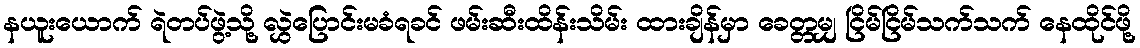
နယူးယောက် ရဲတပ်ဖွဲ့သို့ လွှဲပြောင်းမခံရခင် ဖမ်းဆီးထိန်းသိမ်း ထားချိန်မှာ ခေတ္တမျှ ငြိမ်ငြိမ်သက်သက် နေထိုင်ဖို့